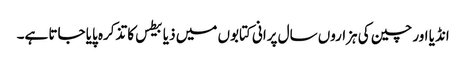
انڈیا اور چین کی ہزاروں سال پرانی کتابوں میں ذیابیطس کا تذکرہ پایا جاتا ہے۔